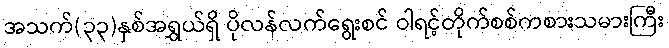
အသက်(၃၃)နှစ်အရွှယ်ရှိ ပိုလန်လက်ရွေးစင် ဝါရင့်တိုက်စစ်ကစားသမားကြီး